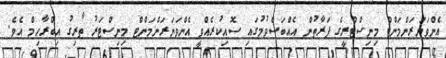
އެންވަޔަރަންމަންޓް މިނިސްޓްރީގެ ފަރާތުން އެއްބަސްވުމުގައި ސޮއިކުރެއްވީ އެންވަޔަރަންމަންޓް މިނިސްޓަރު ޠާރިގު އިބްރާހިމް އެވެ.